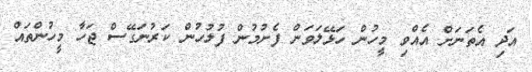
އަދި އެތަނަށް އެއްވި މީހުން ހަޅޭލަވަން ފެށުމުން ފުލުހުން ކަރުނަގޭސް ޖަހާ މީހުންތައް